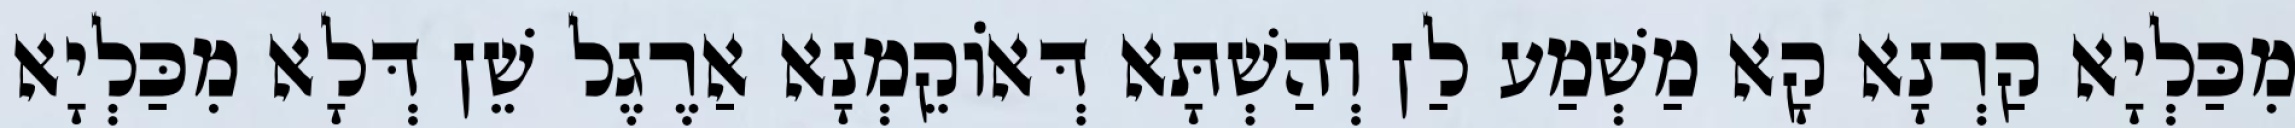
מִכַּלְיָא קַרְנָא קָא מַשְׁמַע לַן וְהַשְׁתָּא דְּאוֹקֵמְנָא אַרֶגֶל שֵׁן דְּלָא מִכַּלְיָא